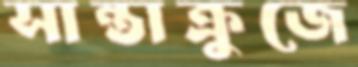
সান্তাক্রুজে